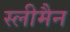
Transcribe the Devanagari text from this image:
स्‍लीमैन